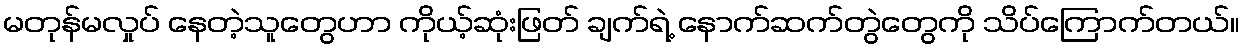
မတုန်မလှုပ် နေတဲ့သူတွေဟာ ကိုယ့်ဆုံးဖြတ် ချက်ရဲ့ နောက်ဆက်တွဲတွေကို သိပ်ကြောက်တယ်။